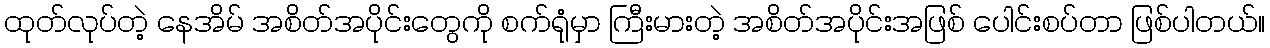
ထုတ်လုပ်တဲ့ နေအိမ် အစိတ်အပိုင်းတွေကို စက်ရုံမှာ ကြီးမားတဲ့ အစိတ်အပိုင်းအဖြစ် ပေါင်းစပ်တာ ဖြစ်ပါတယ်။